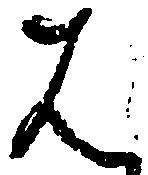
は